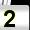
Digit: 2